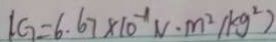
G = 6 . 6 7 \times 1 0 ^ { - 1 } N \cdot m ^ { 2 } ( k g ^ { 2 } )